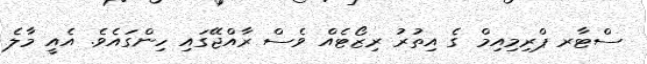
ސްޓާރ ޕްރިމިއިމް ގެ އިތުރު ރިޒޯޓެއް ވެސް ރާއްޖޭގައި ހިންގައެވެ. އެއީ މާލެ